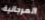
المرجانية